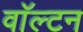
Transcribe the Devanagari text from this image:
वाॅल्टन